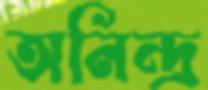
অনিন্দ্র